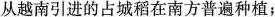
从越南引进的占城稻在南方普遍种植；